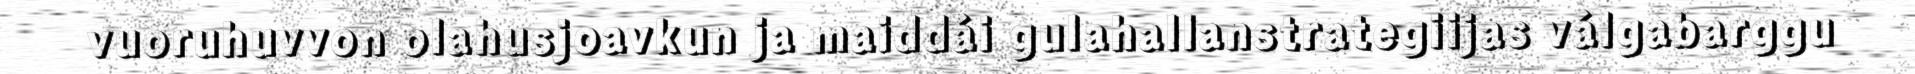
vuoruhuvvon olahusjoavkun ja maiddái gulahallanstrategiijas válgabarggu